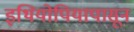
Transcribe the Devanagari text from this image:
इथियोपियापासून